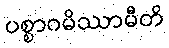
ပစ္စာဂမိဿာမီတိ